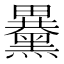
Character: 𪒕